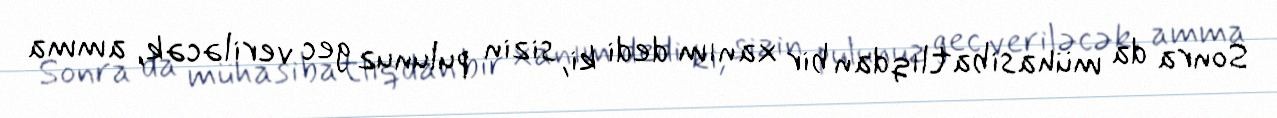
Sonra da mühasibatlıqdan bir xanım dedi ki, sizin pulunuz gec veriləcək, amma